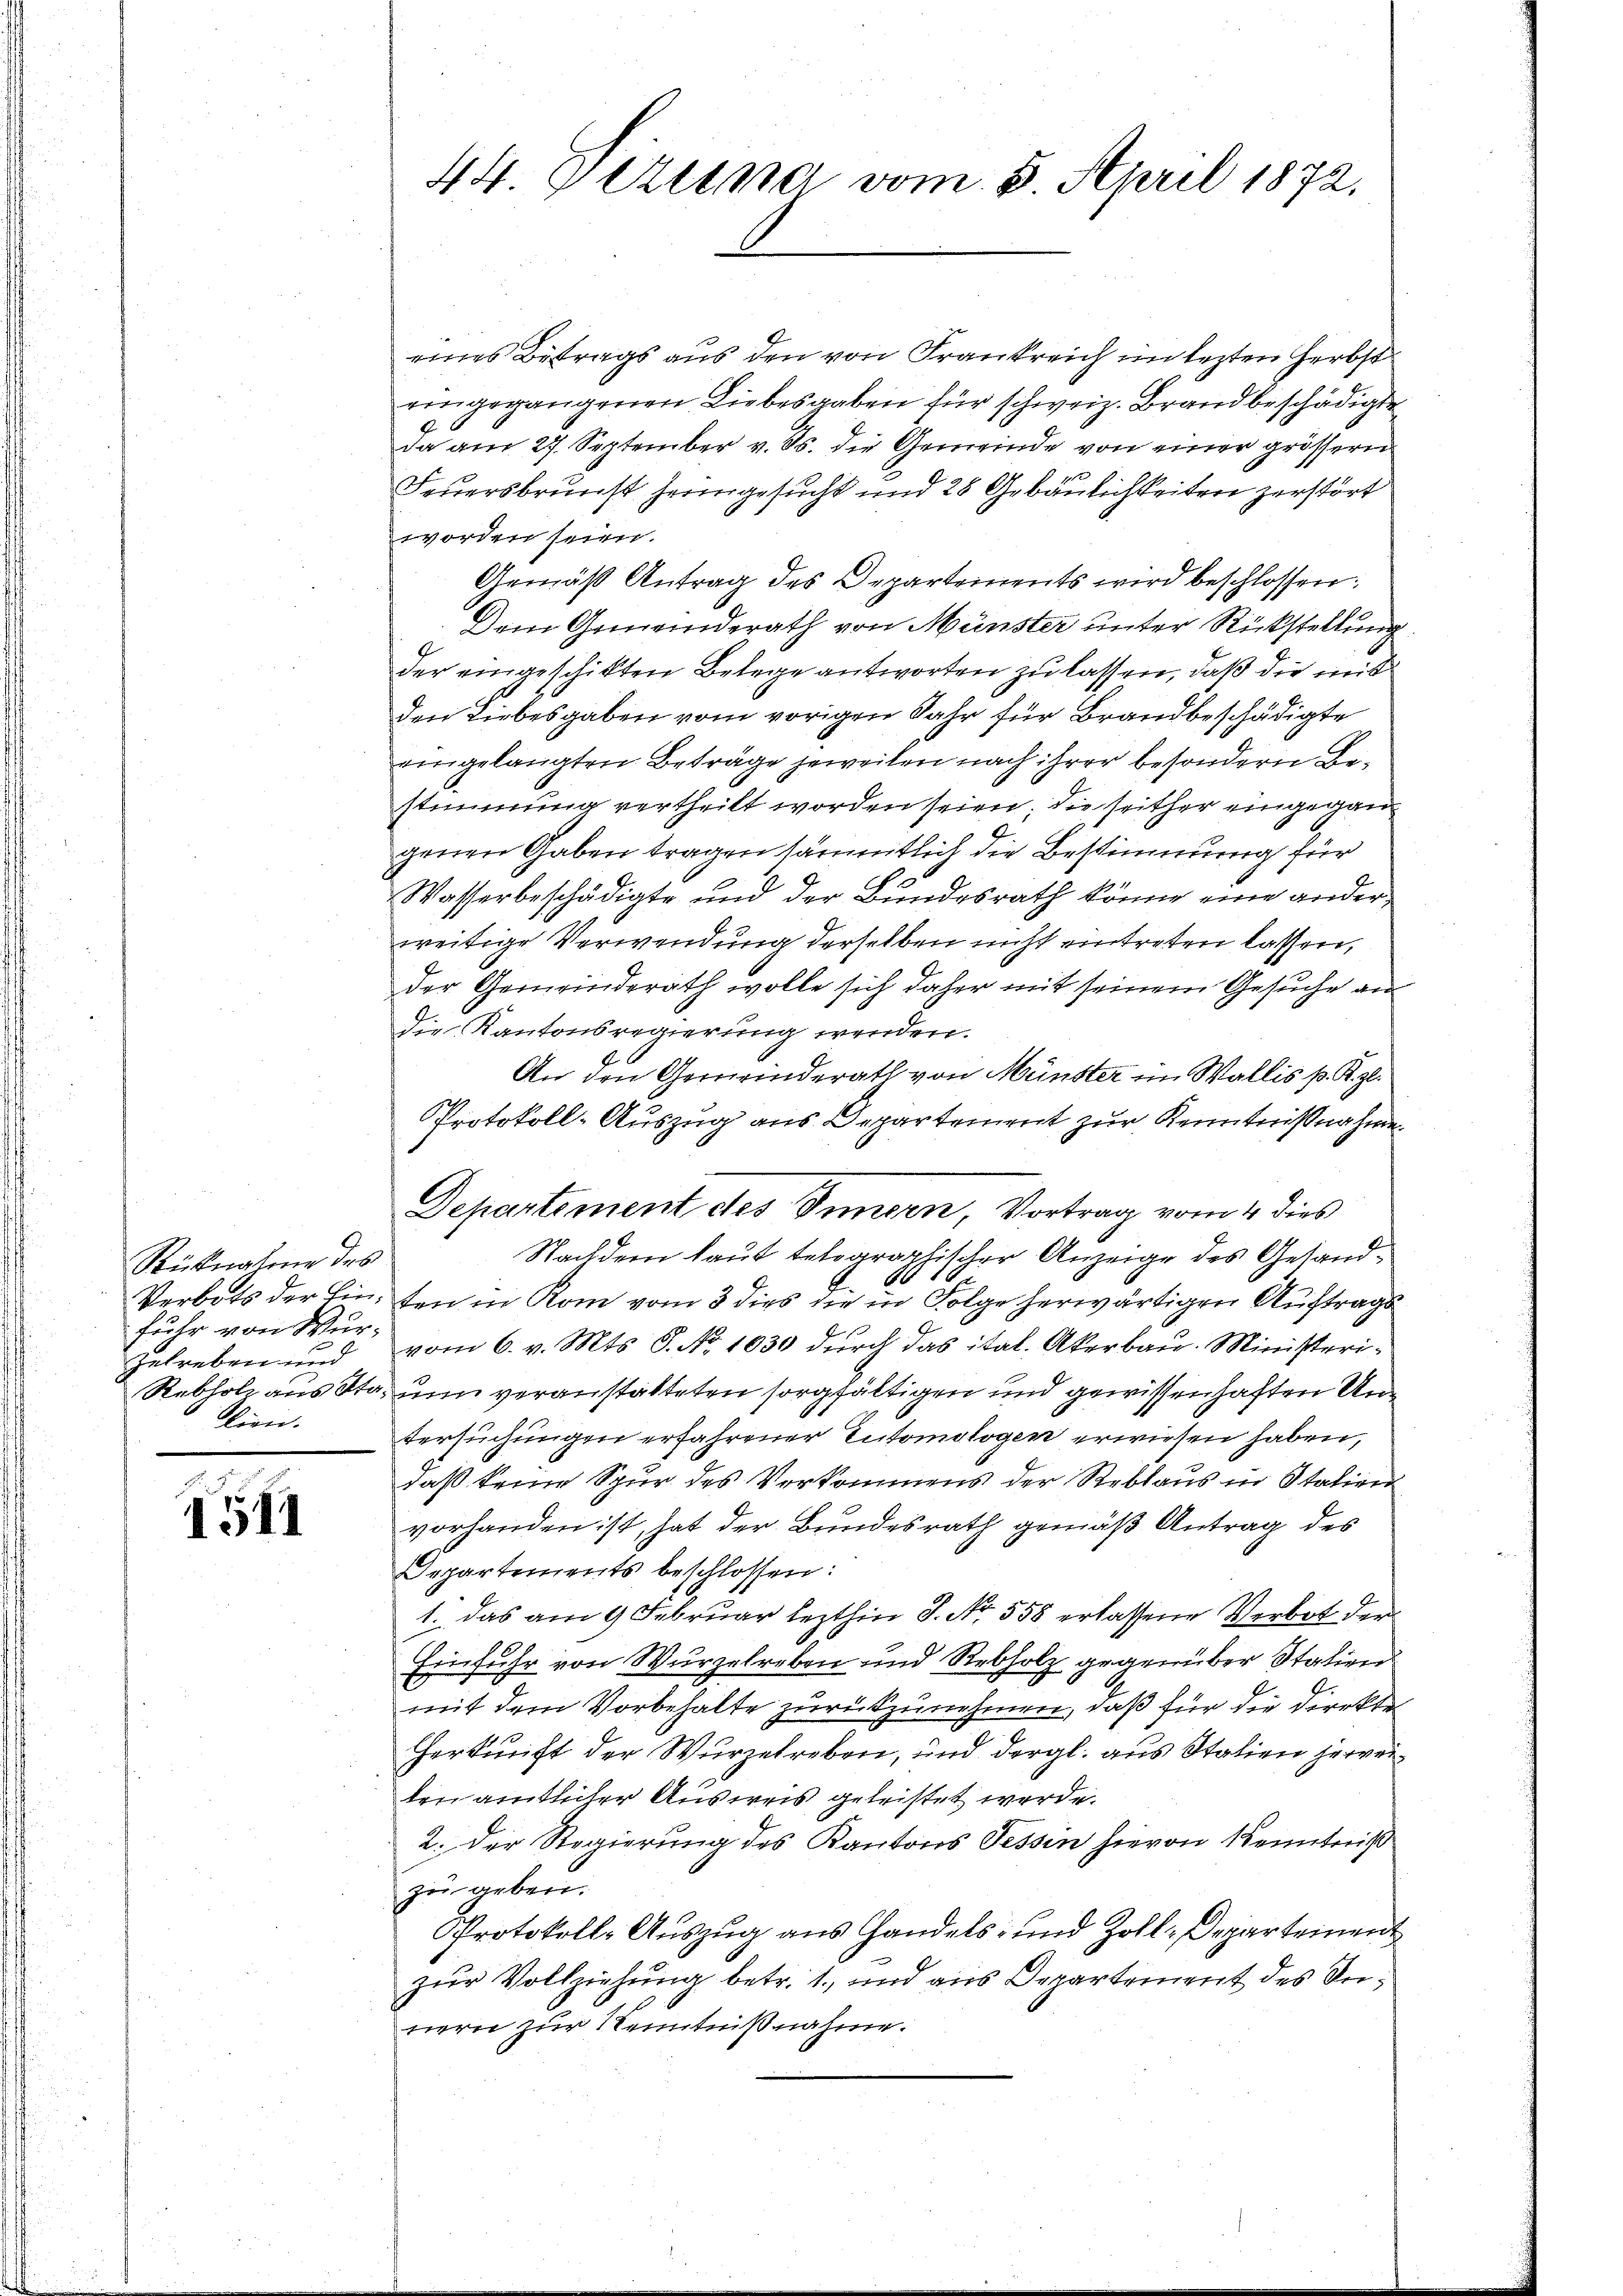
Rücknahme des
Verbots der Ein
fuhr von Wur
zutreben und
Rebholz aus Ste
lien.

1511

44. Vereine vom 8. April 1872.

eines Betrags aus den von Frankreich im lezten Herbst
eingegangenen Liebesgaben für schweiz. Brand beschädigte
da am 27. September v. Js. die Gemeinde von einer grössern
Feuersbrunst heimgesucht und 28 Gebäulichkeiten zerstört
worden seien.
Gemäß Antrag des Departements wird beschlossen:
Dem Gemeinderath von Münster unter Rückstellung
der eingeschikten Belege antworten zu lassen, daß die mit
den Liebesgaben vom vorigen Jahr für Brandbeschädigte
eingelangten Beträge jeweilen nach ihrer besondern Bestimmung vertheilt worden seien; die seither eingegangenen Gaben tragen sämmtlich die Bestimmung für
Wasserbeschädigte und der Bundesrath könne eine ander
weitige Verwendung derselben nicht eintreten lassen,
der Gemeinderath wolle sich daher mit seinem Gesuche an
Die Kantonsregierung werden.
An den Gemeinderath von Münster im Wallis p. S. z.
Protokoll-Auszug aus Departement zur Kenntnißnahme
Nachdem laut telographischer Anzeige des Gesand¬
16 1
ten in Rom vom 3 dies die in Folge herwärtigen Auftrags
vom 6. v. Mts. S. No 1030 durch das ital. Akerbau. Ministeri¬
 veranstatteten sorgfältigen und gewissenhaften Un
tersuchungen erfahrener Tutomologen erwiesen haben,
daß keine Spur des Verkommens der Reblaus in Station
vorhanden ist, hat der Bundesrath gemäß Antrag des
Departements beschlossen:
1. das am 9. Februar lezthin S. Nr. 558 erlassene Verbot der
Einfuhr von Wurzelreben und Rebholz gegenüber Statienn
mit dem Vorbehalte zurückzunehmen, daß für die Direkte
Herkunft der Wurzelreben, und dergl. aus Italien herverten amtlicher Ausweis geleistet werde.
2. Der Regierung des Kantons Tessin hievon Kenntniß
zŭ geben.
Protokolle Auszug aus Handels- und Zoll-Departement
zur Vollziehung betr. 1. und aus Departement des Innern zur Kenntnißnahme.

Departement des Jungen, Vortrag vom 4. dies